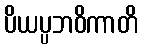
ပိယပ္ပဘဝိကာတိ